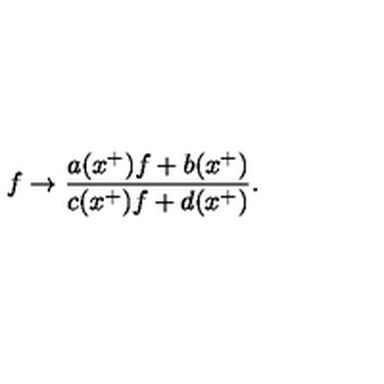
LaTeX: f \rightarrow \frac { a ( x ^ { + } ) f + b ( x ^ { + } ) } { c ( x ^ { + } ) f + d ( x ^ { + } ) } .